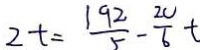
2 t = \frac { 1 9 2 } { 5 } - \frac { 2 0 } { 6 } t